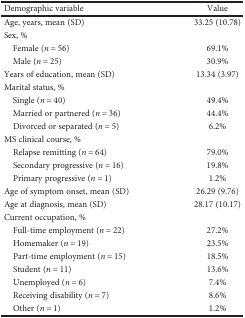
<table><thead><tr><td><b>Demographic variable</b></td><td><b>Value</b></td></tr></thead><tbody><tr><td>Age, years, mean (SD)</td><td>33.25 (10.78)</td></tr><tr><td colspan="2">Sex, %</td></tr><tr><td> Female (<i>n</i> = 56)</td><td>69.1%</td></tr><tr><td> Male (<i>n</i> = 25)</td><td>30.9%</td></tr><tr><td>Years of education, mean (SD)</td><td>13.34 (3.97)</td></tr><tr><td colspan="2">Marital status, %</td></tr><tr><td> Single (<i>n</i> = 40)</td><td>49.4%</td></tr><tr><td> Married or partnered (<i>n</i> = 36)</td><td>44.4%</td></tr><tr><td> Divorced or separated (<i>n</i> = 5)</td><td>6.2%</td></tr><tr><td colspan="2">MS clinical course, %</td></tr><tr><td> Relapse remitting (<i>n</i> = 64)</td><td>79.0%</td></tr><tr><td> Secondary progressive (<i>n</i> = 16)</td><td>19.8%</td></tr><tr><td> Primary progressive (<i>n</i> = 1)</td><td>1.2%</td></tr><tr><td>Age of symptom onset, mean (SD)</td><td>26.29 (9.76)</td></tr><tr><td>Age at diagnosis, mean (SD)</td><td>28.17 (10.17)</td></tr><tr><td colspan="2">Current occupation, %</td></tr><tr><td> Full-time employment (<i>n</i> = 22)</td><td>27.2%</td></tr><tr><td> Homemaker (<i>n</i> = 19)</td><td>23.5%</td></tr><tr><td> Part-time employment (<i>n</i> = 15)</td><td>18.5%</td></tr><tr><td> Student (<i>n</i> = 11)</td><td>13.6%</td></tr><tr><td> Unemployed (<i>n</i> = 6)</td><td>7.4%</td></tr><tr><td> Receiving disability (<i>n</i> = 7)</td><td>8.6%</td></tr><tr><td> Other (<i>n</i> = 1)</td><td>1.2%</td></tr></tbody></table>